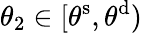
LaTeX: \theta_{2}\in[\theta^{\mathrm{s}},\theta^{\mathrm{d}})